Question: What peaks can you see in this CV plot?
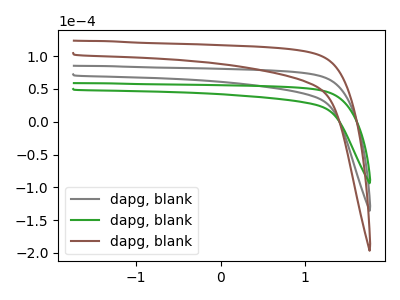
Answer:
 <answer>The gray curve "dapg, blank1" has no peaks. The green curve "dapg, blank2" has no peaks. The brown curve "dapg, blank3" has no peaks.</answer>
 <eval></eval>